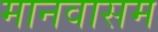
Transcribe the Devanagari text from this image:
मानवासम